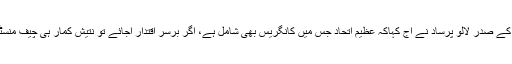
آر جے ڈی کے صدر لالو پرساد نے آج کہاکہ عظیم اتحاد جس میں کانگریس بھی شامل ہے، اگر برسر اقتدار آجائے تو نتیش کمار ہی چیف منسٹر ہوں گے۔